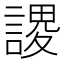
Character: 謖